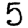
Digit: 5